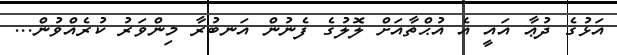
އަޅުގެ ދުޢާ އައީ އެ އުޙްތާއަށް ލޮލުގެ ފެނުން އަނބުރާ މިންވަރު ކުރެއްވުން...